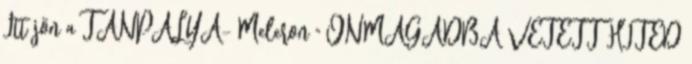
Itt jön a TANPÁLYA- Meleron " ÖNMAGADBA VETETT HITED